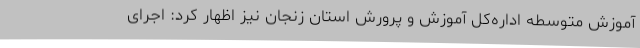
آموزش متوسطه اداره‌کل آموزش و پرورش استان زنجان نیز اظهار کرد: اجرای